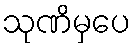
သုဏိမှပေ